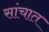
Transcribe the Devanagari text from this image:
सांचात